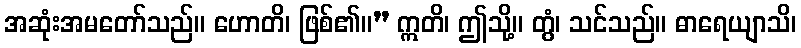
အဆုံးအမတော်သည်။ ဟောတိ၊ ဖြစ်၏။” ဣတိ၊ ဤသို့။ တွံ၊ သင်သည်။ ဓာရေယျာသိ၊